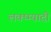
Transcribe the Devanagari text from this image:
लक्ष्म्यादी